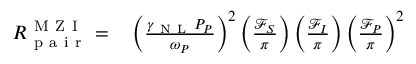
\begin{array} { r l } { R _ { \mathrm { ~ p ~ a ~ i ~ r ~ } } ^ { \mathrm { ~ M ~ Z ~ I ~ } } = } & { { } \left( \frac { \gamma _ { \mathrm { ~ N ~ L ~ } } P _ { P } } { \omega _ { P } } \right) ^ { 2 } \left( \frac { \mathcal { F } _ { S } } { \pi } \right) \left( \frac { \mathcal { F } _ { I } } { \pi } \right) \left( \frac { \mathcal { F } _ { P } } { \pi } \right) ^ { 2 } } \end{array}